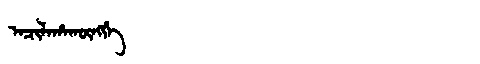
Manchu: ᠠᠴᡳᠯᠠᡥᠠᡴᡡᠩᡤᡝ
Romanization: ACILAHAKŪNGGE